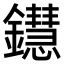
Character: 𨯚